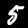
Digit: 5